Trukikaitis_Postimees, lk 437
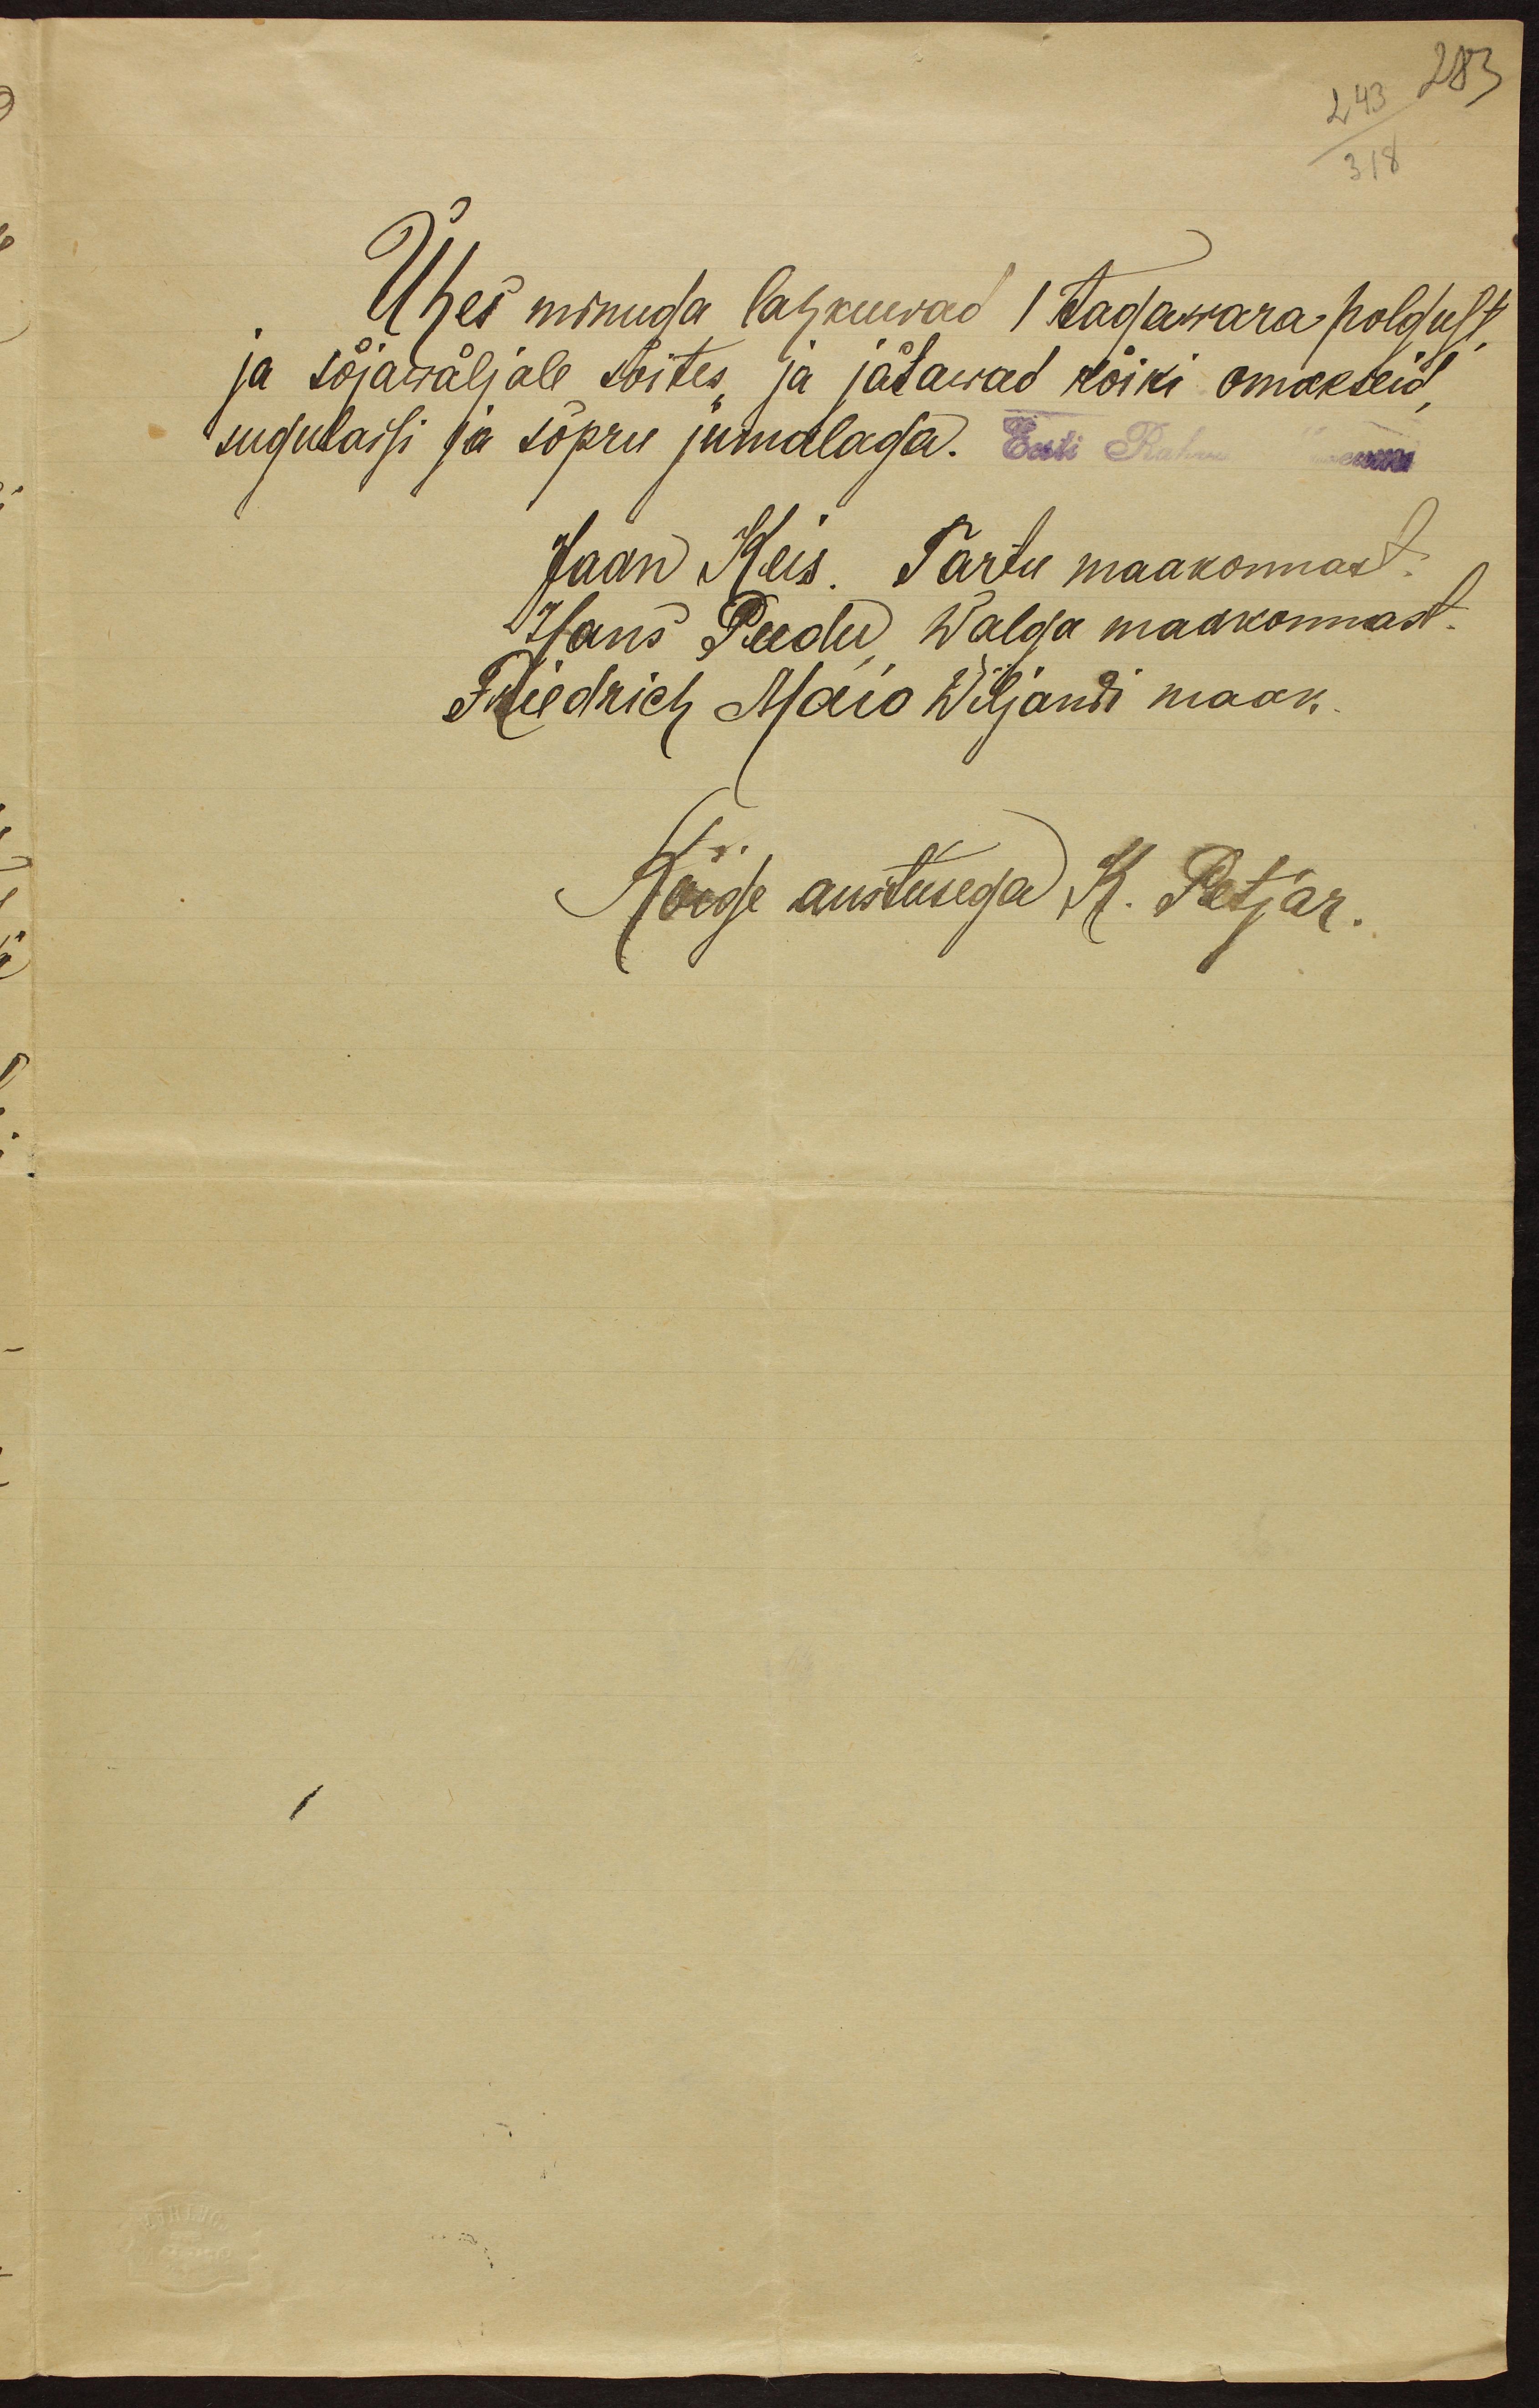
Ühes minuga lahkuwad 1 tagawara polgust
ja sõjawäljale sõites, ja jätawad kõiki omakseid
sugulaisi ja sõpru jumalaga.
Jaan Keis. Tartu maakonnast.
Hans Peedu Walga maakonnast.
Friedrich Maio Wiljandi maak.
Kõige austusega K. Petjar.